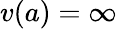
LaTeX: v(a)=\infty